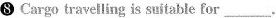
❽ Cargo travelling is saitable for___.